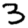
Digit: 3